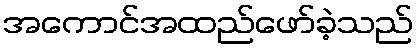
အကောင်အထည်ဖော်ခဲ့သည်